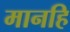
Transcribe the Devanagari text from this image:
मानहि